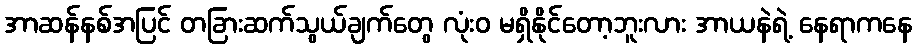
အာဆန်နစ်အပြင် တခြားဆက်သွယ်ချက်တွေ လုံးဝ မရှိနိုင်တော့ဘူးလား အာယနဲရဲ့ နေရာကနေ